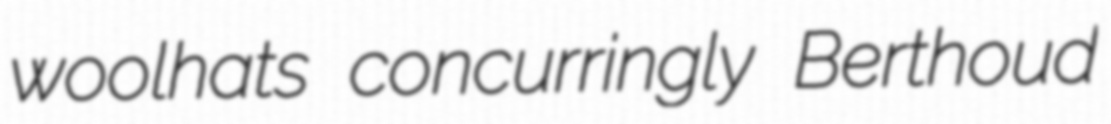
woolhats concurringly Berthoud